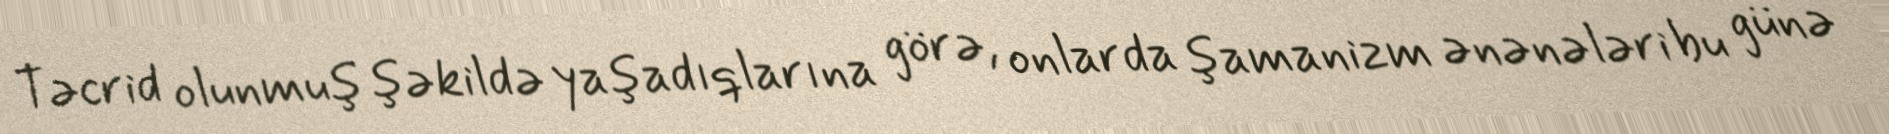
Təcrid olunmuş şəkildə yaşadıqlarına görə, onlarda şamanizm ənənələri bu günə